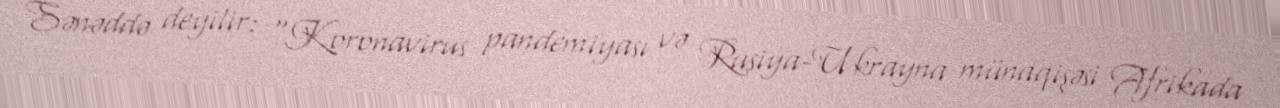
Sənəddə deyilir: “Koronavirus pandemiyası və Rusiya-Ukrayna münaqişəsi Afrikada